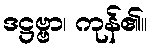
ဒဋ္ဌဗ္ဗာ၊ ကုန်၏။